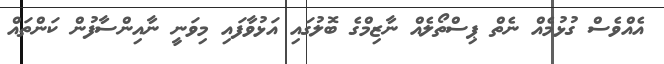
އެއްވެސް ގުޅުމެއް ނެތް ޕިސްތޯލެއް ނާޒިމްގެ ބޮލުގައި އަޅުވާފައި މިވަނީ ނާއިންސާފުން ކަންތައް